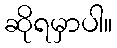
ဆိုရမှာပါ။